Vaccine operations Central Provinces 1900-1911 - 1900-1911
Year: 1900
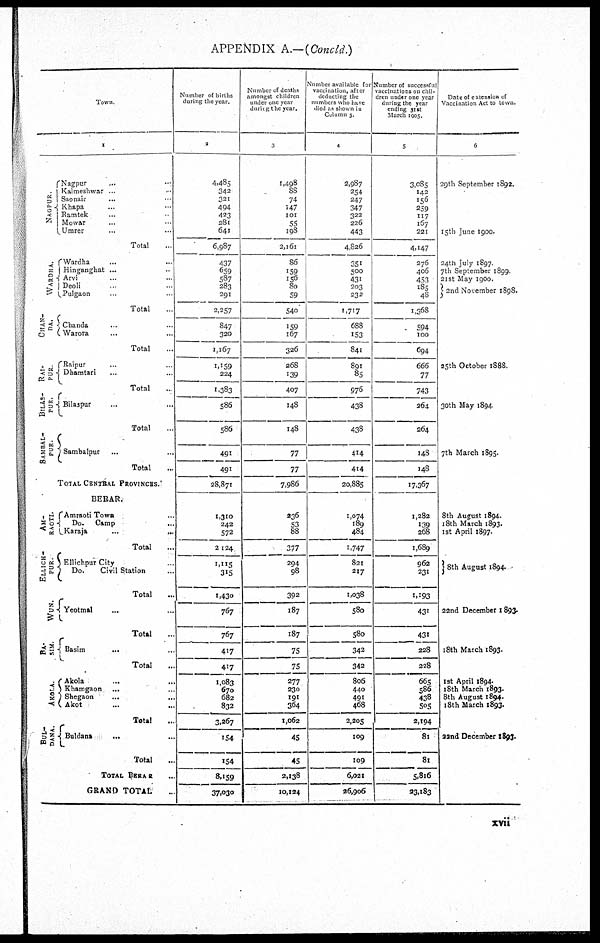
APPENDIX A.—(Concld.)
Town
1
NAGPUR
WARDHA.
CHAN¬
DA.
RAI¬
PUR
BILAS-
PUR.
SAMBAL¬
PUR.
AM¬
RAOTI.
ELLICH¬
PUR.
WUN.
BA¬
SIM.
AKOLA.
BUL¬
DANA
Nagpur... ...
Kalmeshwar ... ...
Saonair... ...
Khapa... ...
Ramtek...
Mowar..
Umrer.. ...
Total.
Wardha... ...
Hinganghat ... ...
Arvi ... ...
Deoli ... ...
Pulgaon ...
Total
Chanda... ...
Warora... ...
Total ...
Raipur... ...
Dhamtari... ...
Total..
Bilaspur... ...
Total...
Sambalpur... ...
Total...
TOTAL CENTRAL PROVINCES.
BERAR.
Amraoti Town...
Do. Camp...
Karaja
...
...
Total...
Ellichpur City...
Do.
Civil Station ...
Total...
Yeotmal... ...
Total...
Basim... ...
Total...
Akola
...
...
Khamgaon... ...
Shegaon...
...
Akot... ...
Total...
Buldana... ...
Total...
TOTAL BERAR..
GRAND TOTAL...
Number of births
during the year
2
4,485
342
321
494
423
281
641
6,987
437
659
587
283
291
2,257
847
320
1,167
1,159
224
1,383
586
586
491
491
28,871
1,310
242
572
2,124
1,115
315
1,430
767
767
417
417
1,083
670
682
832
3,267
154
154
8,159
37,030
Number of deaths
amongst children
under one year
during the year.
3
1,498
88
74
147
101
55
198
2,161
86
159
156
80
59
540
159
167
326
268
139
407
148
148
77
77
7,986
236
53
88
377
294
98
392
187
187
75
75
277
230
191
364
1,062
45
45
2,138
10,124
Number available for
vaccination, after
deducting the
numbers who have
died as shown in
Column 3.
4
2,987
254
247
347
322
226
443
4,826
351
500
431
203
232
1,717
688
153
841
891
85
976
438
438
414
414
20,885
1,074
189
484
1,747
821
217
1,038
580
580
342
342
806
440
491
468
2,205
109
109
6,021
26,906
Number of successful
vaccinations on chil-
dren under one year
during the year
ending 31st
March 1005.
5
3,085
142
156
259
117
167
221
4,147
276
406
453
185
48
1,368
594
100
694
666
77
743
264
264
148
148
17,367
1,282
139
268
1,689
962
231
1,193
431
431
228
228
665
586
438
505
2,194
81
81
5,816
23,183
Date of extension of
Vaccination Act to town.
6
29th September 1892.
15th June 1900.
24th July 1897.
7th September 1899.
21st May 1900.
2nd November 1898.
25th October 1888.
30th May 1894
7th March 1895.
8th August 1894.
18th March 1893.
1st April 1897.
8th August 1894.
22nd December 1893.
18th March 1893.
1st April 1894.
18th March 1893.
8th August 1894.
18th March 1893.
22nd December 1893.
xvii